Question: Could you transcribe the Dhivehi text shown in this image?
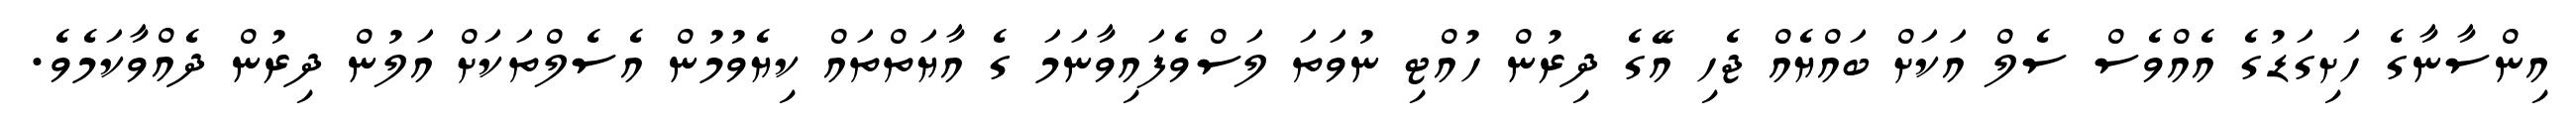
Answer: އިންސާނާގެ ހަށިގަޑުގެ އެއްވެސް ސެލް އަކަށް ބައްޔެއް ޖެހި އޭގެ ދިރުން ހުއްޓި ނުވަތަ ލަސްވެފައިވާނަމަ ގެ އާޔަތްތައް ކިޔެވުމުން އެސެލްތަކަށް އަލުން ދިރުން ދެއްވާކަމެވެ.